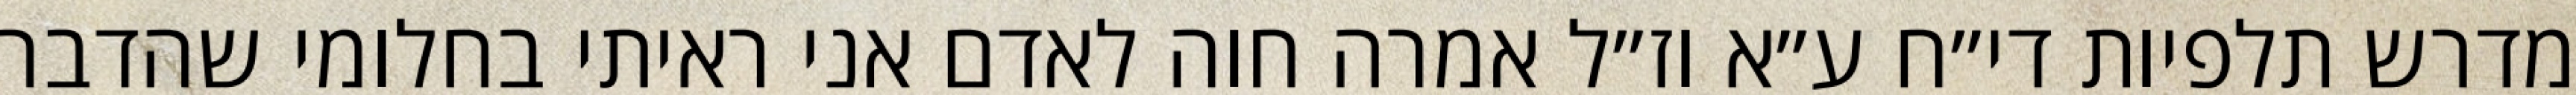
מדרש תלפיות די״ח ע״א וז״ל אמרה חוה לאדם אני ראיתי בחלומי שהדבר